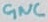
Text: GNC